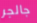
جالجر